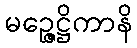
မဉ္ဇေဋ္ဌိကာနိ